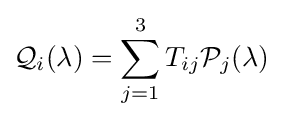
{\mathcal {Q}}_{i}(\lambda )=\sum _{j=1}^{3}T_{ij}{\mathcal {P}}_{j}(\lambda )